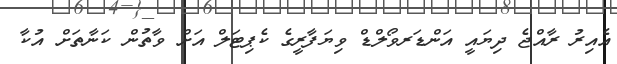
އެއިރު ރާއްޖެ ދިޔައީ އަންޑަރވޯލްޑް ވިޔަފާރީގެ ކެޕިޓަލް އަށް ވާތުން ކަނާތަށް އުކާ